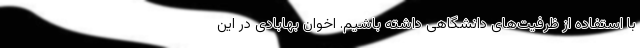
با استفاده از ظرفیت‌های دانشگاهی داشته باشیم. اخوان بهابادی در این